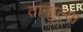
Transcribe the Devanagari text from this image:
तान्हुल्या